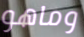
وماهو